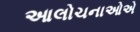
આલોચનાઓએ